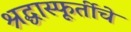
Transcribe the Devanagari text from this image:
श्रद्धास्फूर्तीचे